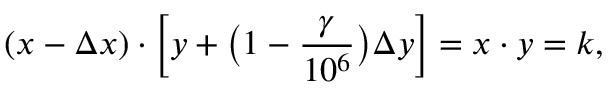
( x - \Delta x ) \cdot \Big [ y + \big ( 1 - \frac { \gamma } { 1 0 ^ { 6 } } \big ) \Delta y \Big ] = x \cdot y = k ,